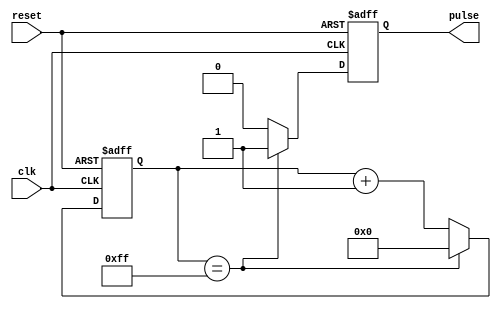
module pulse_generator (
   input wire clk, // system clock input wire
   input wire reset, // reset input wire
   output reg pulse // synchronized pulse output
);

reg [7:0] count; // 8-bit counter for counting clock cycles

always @(posedge clk or posedge reset) begin
   if (reset) begin
      count <= 8'b0; // reset counter to 0
      pulse <= 1'b0; // reset pulse to 0
   end else begin
      if (count == 8'hFF) begin
         count <= 8'b0; // reset counter if max value reached
         pulse <= 1'b1; // generate pulse
      end else begin
         count <= count + 1; // increment counter
         pulse <= 1'b0; // reset pulse
      end
   end
end

endmodule